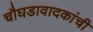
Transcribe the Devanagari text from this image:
चौघडावादकांची